General report no. 6 on the lunatic asylums, vaccination and dispensaries in the Bengal Presidency, 1873 -
Year: 1873
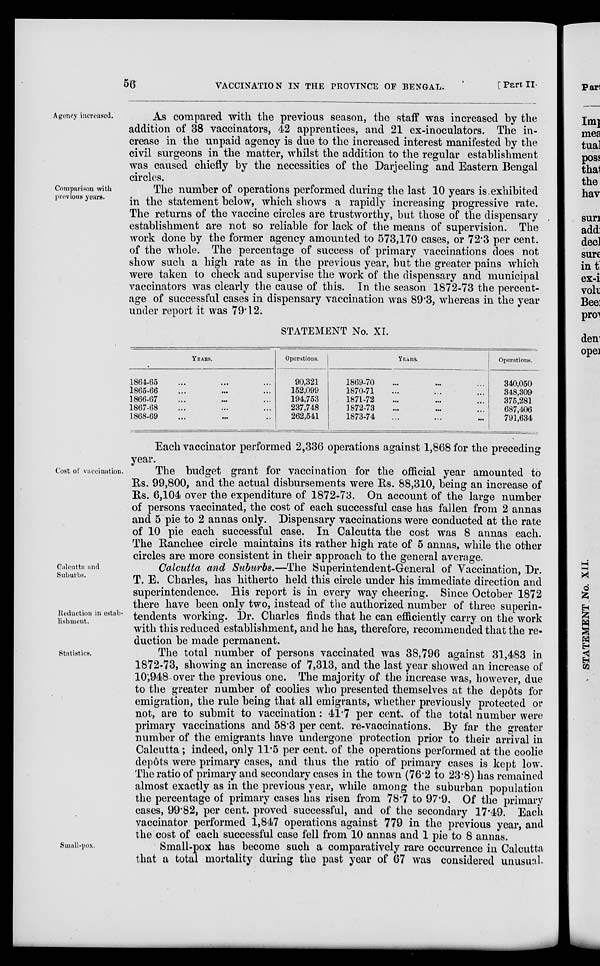
56
VACCINATION IN THE PROVINCE OF BENGAL.
[Part II.
Agency increased.
As compared with the previous season, the staff was increased by the
addition of 38 vaccinators, 42 apprentices, and 21 ex-inoculators. The in-
crease in the unpaid agency is due to the increased interest manifested by the
civil surgeons in the matter, whilst the addition to the regular establishment
was caused chiefly by the necessities of the Darjeeling and Eastern Bengal
circles.
Comparison with
previous years.
The number of operations performed during the last 10 years is exhibited
in the statement below, which shows a rapidly increasing progressive rate.
The returns of the vaccine circles are trustworthy, but those of the dispensary
establishment are not so reliable for lack of the means of supervision. The
work done by the former agency amounted to 573,170 cases, or 72.3 per cent.
of the whole. The percentage of success of primary vaccinations does not
show such a high rate as in the previous year, but the greater pains which
were taken to check and supervise the work of the dispensary and municipal
vaccinators was clearly the cause of this. In the season 1872-73 the percent-
age of successful cases in dispensary vaccination was 89.3, whereas in the year
under report it was 79.12.
STATEMENT No. XI.
YEARS.
1864-65 ... ... ...
1865-66 ... ... ...
1866-67 ... ... ...
1867-68 ... ... ...
1868-69 ... ... ...
Operations.
90,321
152,099
194,753
237,748
262,541
YEARS.
1869-70 ... ... ...
1870-71 ... ... ...
1871-72 ... ... ...
1872-73 ... ... ...
1873-74 ... ... ...
Operations.
340,050
348,309
375,281
687,406
791,634
Each vaccinator performed 2,336 operations against 1,868 for the preceding
year.
Cost of vaccination.
The budget grant for vaccination for the official year amounted to
Rs. 99,800, and the actual disbursements were Rs. 88,310, being an increase of
Rs. 6,104 over the expenditure of 1872-73. On account of the large number
of persons vaccinated, the cost of each successful case has fallen from 2 annas
and 5 pie to 2 annas only. Dispensary vaccinations were conducted at the rate
of 10 pie each successful case. In Calcutta the cost was 8 annas each.
The Ranchee circle maintains its rather high rate of 5 annas, while the other
circles are more consistent in their approach to the general average.
Calcutta and
Suburbs.
Reduction in estab-
lishment.
Calcutta and Suburbs.—The Superintendent-General of Vaccination, Dr.
T. E. Charles, has hitherto held this circle under his immediate direction and
superintendence. His report is in every way cheering. Since October 1872
there have been only two, instead of the authorized number of three superin-
tendents working. Dr. Charles finds that he can efficiently carry on the work
with this reduced establishment, and he has, therefore, recommended that the re-
duction be made permanent.
Statistics.
The total number of persons vaccinated was 38,796 against 31,483 in
1872-73, showing an increase of 7,313, and the last year showed an increase of
10;948 over the previous one. The majority of the increase was, however, due
to the greater number of coolies who presented themselves at the dep6ts for
emigration, the rule being that all emigrants, whether previously protected or
not, are to submit to vaccination: 41.7 per cent. of the total number were
primary vaccinations and 58.3 per cent. re-vaccinations. By far the greater
number of the emigrants have undergone protection prior to their arrival in
Calcutta; indeed, only 11.5 per cent. of the operations performed at the coolie
depôts were primary cases, and thus the ratio of primary cases is kept low.
The ratio of primary and secondary cases in the town (76.2 to 23.8) has remained
almost exactly as in the previous year, while among the suburban population
the percentage of primary cases has risen from 78.7 to 97.9. Of the primary
cases, 99.82, per cent. proved successful, and of the secondary 17.49. Each
vaccinator performed 1,847 operations against 779 in the previous year, and
the cost of each successful case fell from 10 annas and 1 pie to 8 annas.
Small-pox.
Small-pox has become such a comparatively rare occurrence in Calcutta
that a total mortality during the past year of 67 was considered unusual.